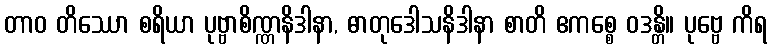
တာဝ တိဿော စရိယာ ပုဗ္ဗာစိဏ္ဏနိဒါနာ, ဓာတုဒေါသနိဒါနာ စာတိ ဧကစ္စေ ဝဒန္တိ။ ပုဗ္ဗေ ကိရ